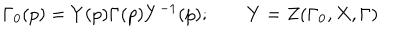
\Gamma _ { 0 } ( p ) = Y ( p ) \Gamma ( p ) Y ^ { - 1 } ( p ) ; \qquad Y = Z ( \Gamma _ { 0 } , X , \Gamma )